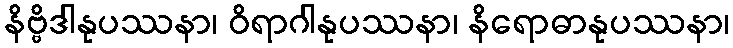
နိဗ္ဗိဒါနုပဿနာ၊ ဝိရာဂါနုပဿနာ၊ နိရောဓာနုပဿနာ၊